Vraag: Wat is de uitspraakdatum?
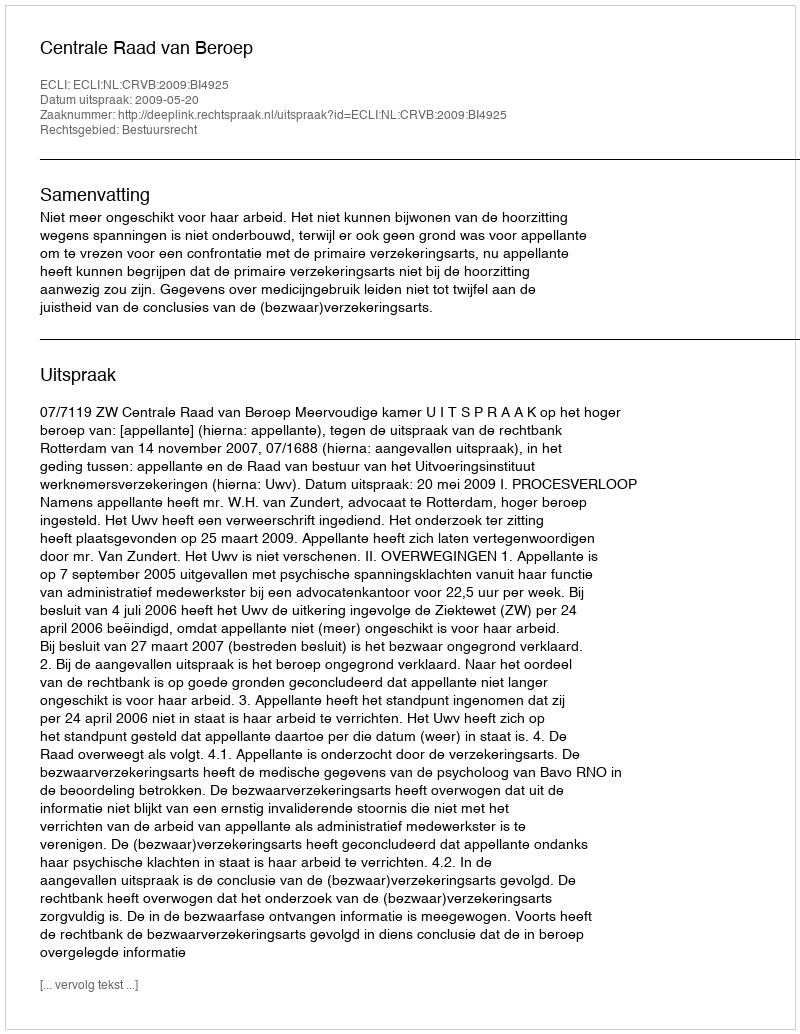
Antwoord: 2009-05-20